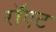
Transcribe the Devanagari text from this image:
रॉएट